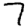
Digit: 7